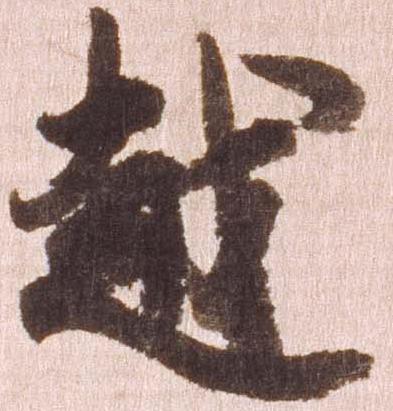
越